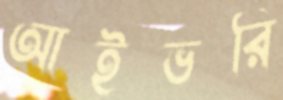
আইভরি